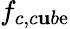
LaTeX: f_{c,c\mathbf{u}b\mathrm{e}}